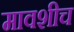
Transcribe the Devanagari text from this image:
मावशीच